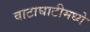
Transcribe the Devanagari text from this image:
वाटाघाटीमध्ये